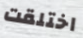
اختلقت